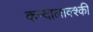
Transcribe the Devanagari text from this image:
कन्दालाक्श्की